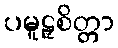
ပမူဠှစိတ္တာ